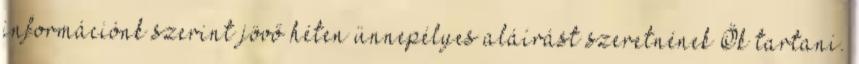
információnk szerint jövő héten ünnepélyes aláírást szeretnének Ők tartani.